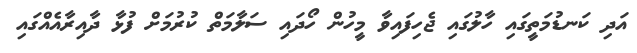
އަދި ކަނޑުމަތީގައި ހާލުގައި ޖެހިފައިވާ މީހުން ހޯދައި ސަލާމަތް ކުރުމަށް ފުޅާ ދާއިރާއެއްގައި